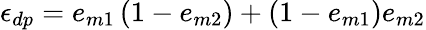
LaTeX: \epsilon_{dp}=e_{m1}\left(1-e_{m2}\right)+\left(1-e_{m1}\right)e_{m2}